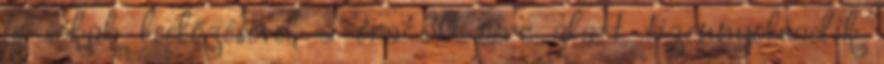
is sokak leelőzésével 3 óra 30 perc alatt tizennyolcadik